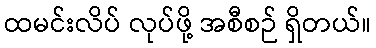
ထမင်းလိပ် လုပ်ဖို့ အစီစဉ် ရှိတယ်။